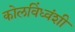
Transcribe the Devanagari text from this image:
कोलविंध्वंशी